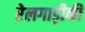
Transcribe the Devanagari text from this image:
रेलगाड़ीकी